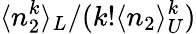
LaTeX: \langle n_{2}^{k}\rangle_{L}/(k!\langle n_{2}\rangle_{U}^{k})